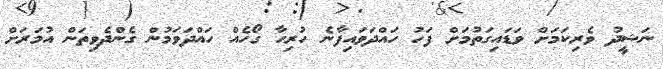
ނަޝީދު ވެރިކަމަށް ވަޑައިގަތުމަށް ފަހު ހައްދަވައިފާނެ ހުރިހާ ގޯހެއް ހައްދަވަމުން ގެންދެވިތަން އުމަރަށް